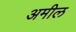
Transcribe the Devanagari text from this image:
अमील